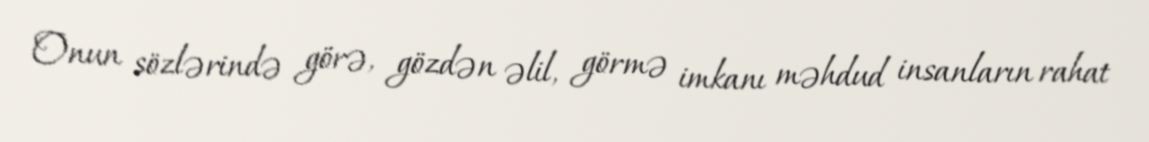
Onun sözlərində görə, gözdən əlil, görmə imkanı məhdud insanların rahat